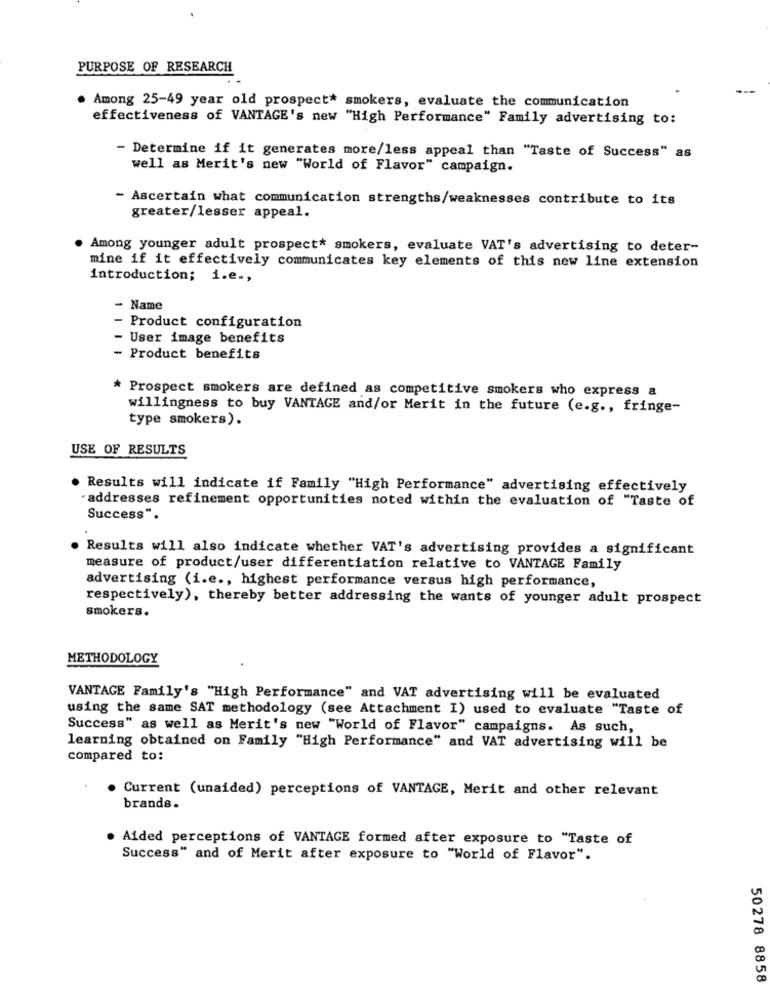
PURPOSE OF RESEARCH
. Among 25-49 year old prospect* smokers, evaluate the communication
effectiveness of VANTAGE's new "High Performance" Family advertising to:
- Determine if it generates more/less appeal than "Taste of Success" as
well as Merit's new "World of Flavor" campaign.
- Ascertain what communication strengths/weaknesses contribute to its
greater/lesser appeal.
Among younger adult prospect* smokers, evaluate VAT's advertising to deter-
mine if it effectively communicates key elements of this new line extension
introduction; i.e .,
- Name
Product configuration
User image benefits
- Product benefits
* Prospect smokers are defined as competitive smokers who express a
willingness to buy VANTAGE and/or Merit in the future (e.g ., fringe-
type smokers).
USE OF RESULTS
. Results will indicate if Family "High Performance" advertising effectively
" addresses refinement opportunities noted within the evaluation of "Taste of
Success".
Results will also indicate whether VAT's advertising provides a significant
measure of product/user differentiation relative to VANTAGE Family
advertising (i.e ., highest performance versus high performance,
respectively), thereby better addressing the wants of younger adult prospect
smokers.
METHODOLOGY
VANTAGE Family's "High Performance" and VAT advertising will be evaluated
using the same SAT methodology (see Attachment I) used to evaluate "Taste of
Success" as well as Merit's new "World of Flavor" campaigns. As such,
learning obtained on Family "High Performance" and VAT advertising will be
compared to:
Current (unaided) perceptions of VANTAGE, Merit and other relevant
brands.
Aided perceptions of VANTAGE formed after exposure to "Taste of
Success" and of Merit after exposure to "World of Flavor".
50278 8858